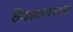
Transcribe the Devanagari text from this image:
हँपशायरला